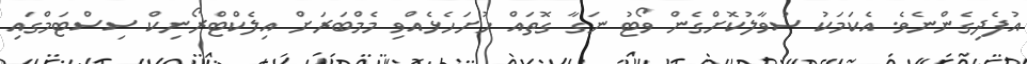
އުފެދިގެންނެވެ. އެކަމަކު ސުވާލުކޮށްގެން ވޯޓު ނަގާ ގޮތައް ހުށަހެޅެއްވި މެމްބަރަށް އިލެކްޓްރޯނިކް ސިސްޓަމްގައި